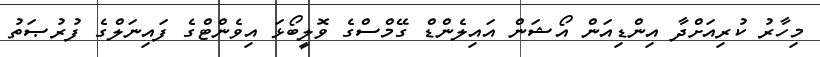
މިހާރު ކުރިއަށްދާ އިންޑިއަން އޯޝަން އައިލެންޑް ގޭމްސްގެ ވޮލީބޯޅަ އިވެންޓްގެ ފައިނަލްގެ ފުރުޞަތު